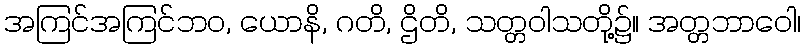
အကြင်အကြင်ဘဝ, ယောနိ, ဂတိ, ဌိတိ, သတ္တဝါသတို့၌။ အတ္တဘာဝေါ၊